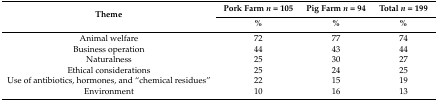
| <ROWSPAN=2> Theme | Pork Farm n = 105 | Pig Farm n = 94 | Total n = 199 |
 | % | % | % |
 | --- | --- | --- | --- |
 | Animal welfare | 72 | 77 | 74 |
 | Business operation | 44 | 43 | 44 |
 | Naturalness | 25 | 30 | 27 |
 | Ethical considerations | 25 | 24 | 25 |
 | Use of antibiotics, hormones, and “chemical residues” | 22 | 15 | 19 |
 | Environment | 10 | 16 | 13 |